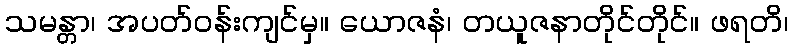
သမန္တာ၊ အပတ်ဝန်းကျင်မှ။ ယောဇနံ၊ တယူဇနာတိုင်တိုင်။ ဖရတိ၊